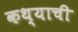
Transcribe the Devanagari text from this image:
कथ्याची